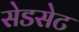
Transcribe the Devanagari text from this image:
सेडसेट